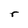
Character: r